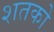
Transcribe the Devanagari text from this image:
शतको